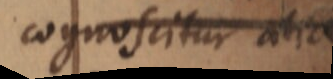
cognoscitur alia